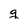
Character: g